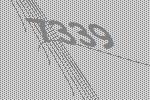
7339